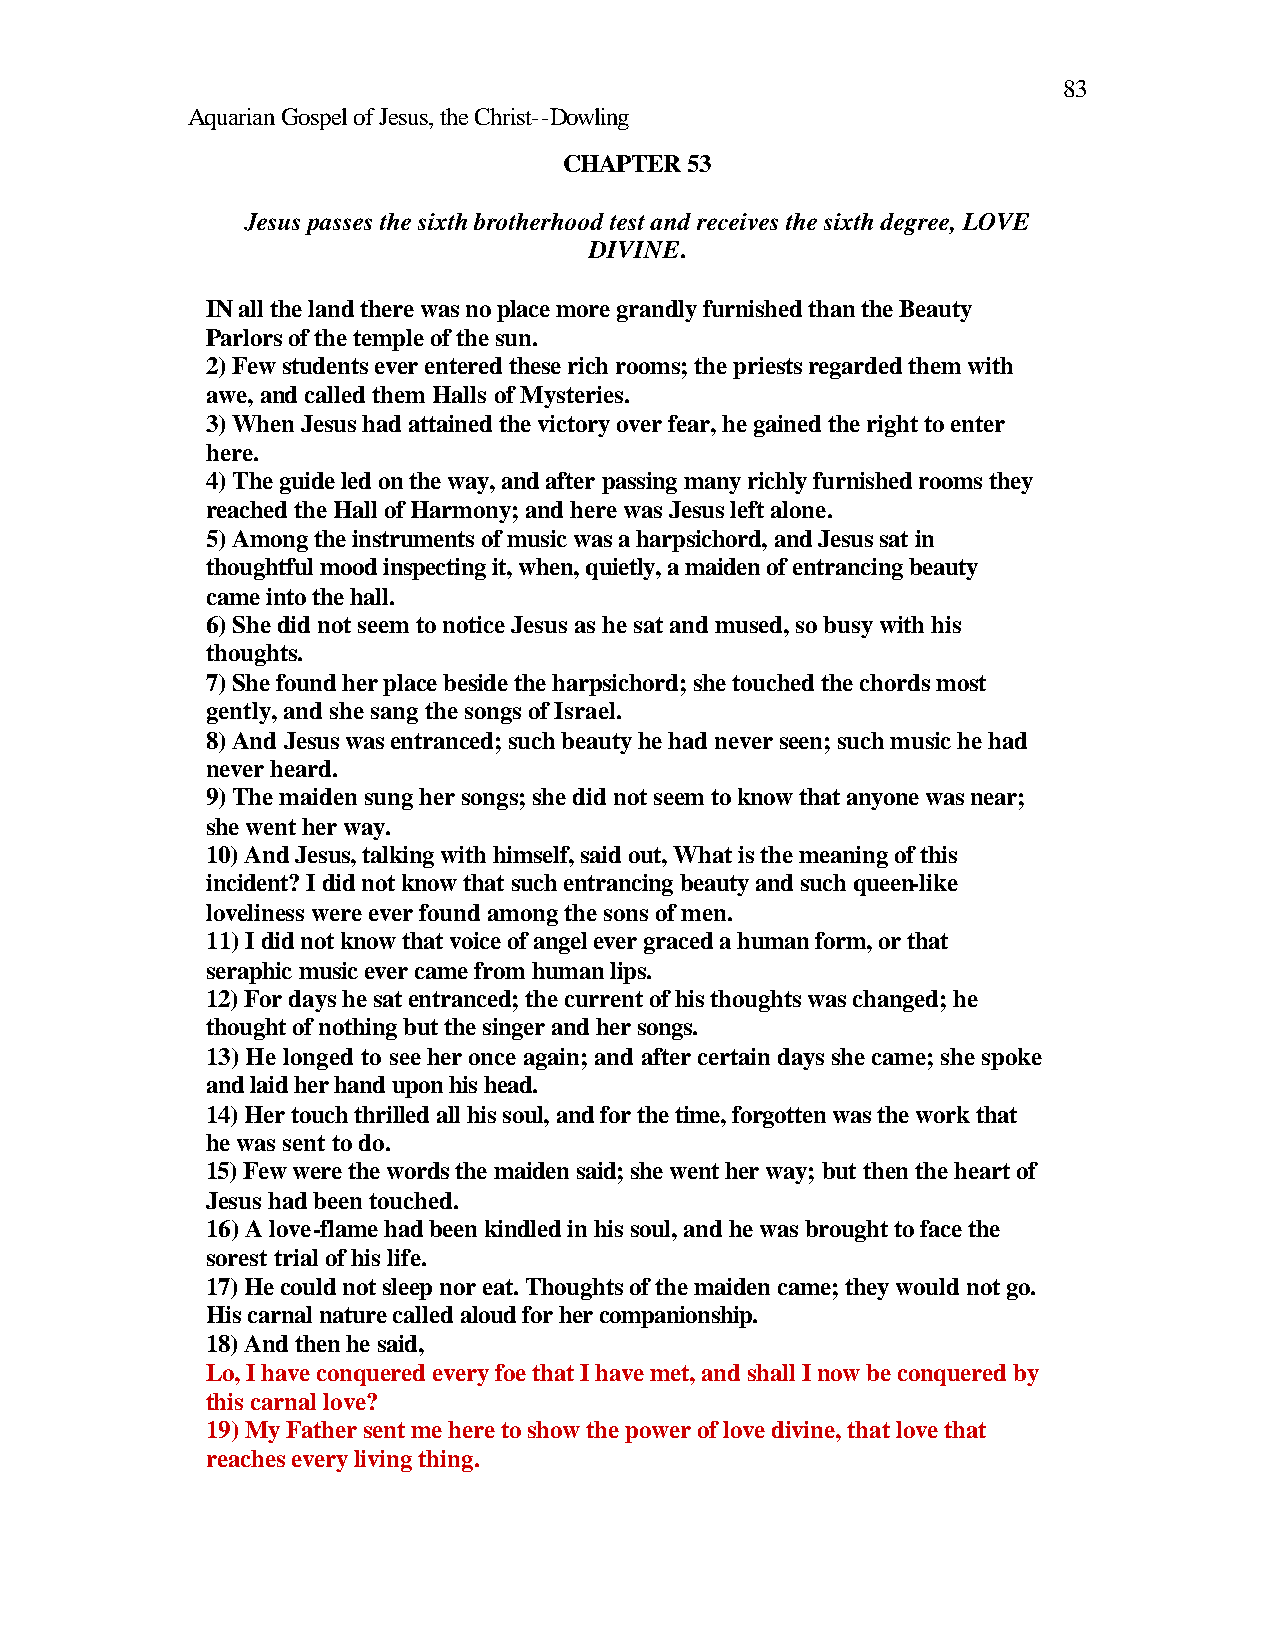
83
 Aquarian Gospel of Jesus, the Christ--Dowling
 CHAPTER 53
 Jesus passes the sixth brotherhood test and receives the sixth degree, LOVE
 DIVINE.
 IN all the land there was no place more grandly furnished than the Beauty
 Parlors of the temple of the sun.
 2) Few students ever entered these rich rooms; the priests regarded them with
 awe, and called them Halls of Mysteries.
 3) When Jesus had attained the victory over fear, he gained the right to enter
 here.
 4) The guide led on the way, and after passing many richly furnished rooms they
 reached the Hall of Harmony; and here was Jesus left alone.
 5) Among the instruments of music was a harpsichord, and Jesus sat in
 thoughtful mood inspecting it, when, quietly, a maiden of entrancing beauty
 came into the hall.
 6) She did not seem to notice Jesus as he sat and mused, so busy with his
 thoughts.
 7) She found her place beside the harpsichord; she touched the chords most
 gently, and she sang the songs of Israel.
 8) And Jesus was entranced; such beauty he had never seen; such music he had
 never heard.
 9) The maiden sung her songs; she did not seem to know that anyone was near;
 she went her way.
 10) And Jesus, talking with himself, said out, What is the meaning of this
 incident? I did not know that such entrancing beauty and such queen-like
 loveliness were ever found among the sons of men.
 11) I did not know that voice of angel ever graced a human form, or that
 seraphic music ever came from human lips.
 12) For days he sat entranced; the current of his thoughts was changed; he
 thought of nothing but the singer and her songs.
 13) He longed to see her once again; and after certain days she came; she spoke
 and laid her hand upon his head.
 14) Her touch thrilled all his soul, and for the time, forgotten was the work that
 he was sent to do.
 15) Few were the words the maiden said; she went her way; but then the heart of
 Jesus had been touched.
 16) A love-flame had been kindled in his soul, and he was brought to face the
 sorest trial of his life.
 17) He could not sleep nor eat. Thoughts of the maiden came; they would not go.
 His carnal nature called aloud for her companionship.
 18) And then he said,
 Lo, I have conquered every foe that I have met, and shall I now be conquered by
 this carnal love?
 19) My Father sent me here to show the power of love divine, that love that
 reaches every living thing.